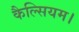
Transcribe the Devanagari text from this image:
कैल्सियम।